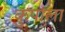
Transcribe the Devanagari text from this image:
कुपाला